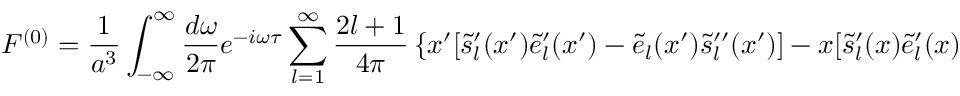
{ \cal F } ^ { ( 0 ) } = { \frac { 1 } { a ^ { 3 } } } \int _ { - \infty } ^ { \infty } { \frac { d \omega } { 2 \pi } } e ^ { - i \omega \tau } \sum _ { l = 1 } ^ { \infty } { \frac { 2 l + 1 } { 4 \pi } } \left\{ x ^ { \prime } [ \tilde { s } _ { l } ^ { \prime } ( x ^ { \prime } ) \tilde { e } _ { l } ^ { \prime } ( x ^ { \prime } ) - \tilde { e } _ { l } ( x ^ { \prime } ) \tilde { s } _ { l } ^ { \prime \prime } ( x ^ { \prime } ) ] - x [ \tilde { s } _ { l } ^ { \prime } ( x ) \tilde { e } _ { l } ^ { \prime } ( x ) - \tilde { e } _ { l } ( x ) \tilde { s } _ { l } ^ { \prime \prime } ( x ) ] \right\} .